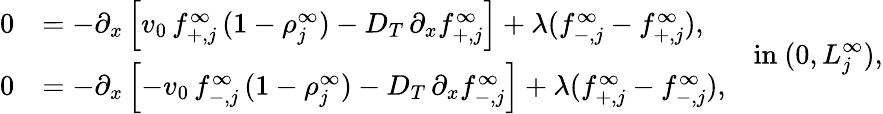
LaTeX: \begin{array}{rl}{0}&{=-\partial_{x}\left[v_{0}\, f_{+,j}^{\infty}\, (1-\rho_{j}^{\infty})-D_{T}\, \partial_{x}f_{+,j}^{\infty}\right]+\lambda(f_{-,j}^{\infty}-f_{+,j}^{\infty}),}\\ {0}&{=-\partial_{x}\left[-v_{0}\, f_{-,j}^{\infty}\, (1-\rho_{j}^{\infty})-D_{T}\, \partial_{x}f_{-,j}^{\infty}\right]+\lambda(f_{+,j}^{\infty}-f_{-,j}^{\infty}),}\end{array}\quad\mathrm{in~}(0,L_{j}^{\infty}),